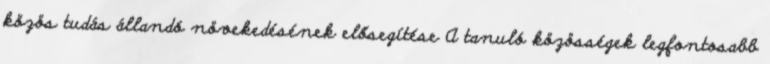
közös tudás állandó növekedésének elősegítése A tanuló közösségek legfontosabb